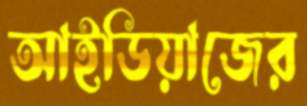
আইডিয়াজের